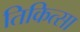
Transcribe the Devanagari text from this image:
तिकित्सा